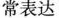
常表达